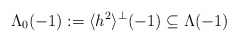
\begin{align*}\Lambda_0(-1) := \langle h^2\rangle^\perp(-1) \subseteq \Lambda(-1)\end{align*}